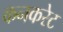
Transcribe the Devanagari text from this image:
कनकरेट